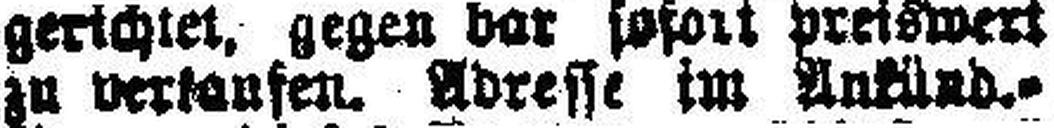
zu verkaufen. Adresse im Ankünd.=